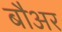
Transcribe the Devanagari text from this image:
बौअर